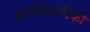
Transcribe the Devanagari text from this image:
कार्यालयांपैकी